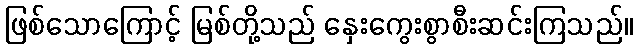
ဖြစ်သောကြောင့် မြစ်တို့သည် နှေးကွေးစွာစီးဆင်းကြသည်။